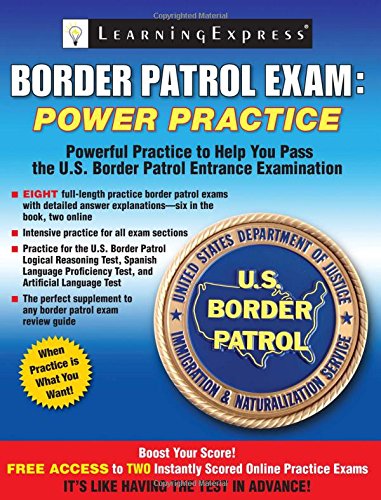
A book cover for Border Patrol Exam: Power Practice; LearningExpress LLC; Test Preparation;